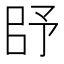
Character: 𰀥